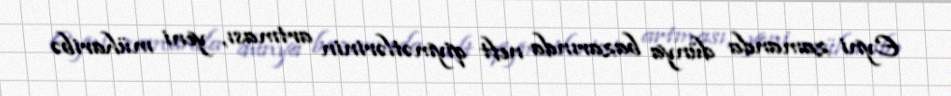
Eyni zamanda dünya bazarında neft qiymətlərinin artması, yeni müharibə